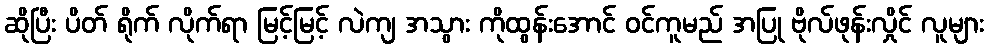
ဆိုပြီး ပိတ် ရိုက် လိုက်ရာ မြင့်မြင့် လဲကျ အသွား ကိုထွန်းအောင် ဝင်ကူမည် အပြု ဗိုလ်ဖုန်းလှိုင် လူများ